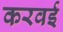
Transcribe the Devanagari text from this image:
करवई